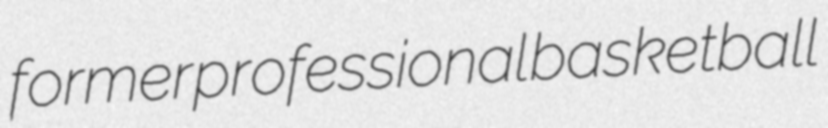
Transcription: former professional basketball